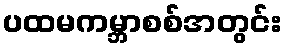
ပထမကမ္ဘာစစ်အတွင်း